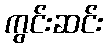
ကွင်းဆင်း